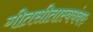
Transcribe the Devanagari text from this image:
गीतसीतास्वयंवरः